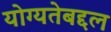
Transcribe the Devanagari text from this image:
योग्यतेबद्दल